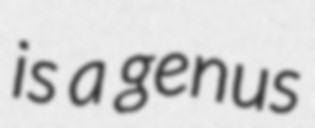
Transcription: is a genus